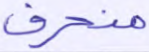
منحرف